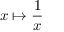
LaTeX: x \mapsto { \frac { 1 } { x } }